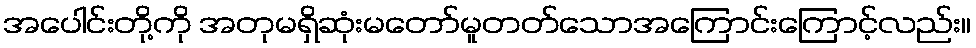
အပေါင်းတို့ကို အတုမရှိဆုံးမတော်မူတတ်သောအကြောင်းကြောင့်လည်း။